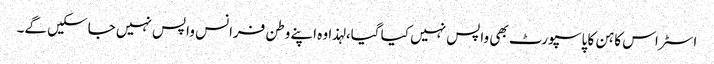
اسٹراس کاہن کا پاسپورٹ بھی واپس نہیں کیا گیا، لہذا وہ اپنے وطن فرانس واپس نہیں جاسکیں گے۔